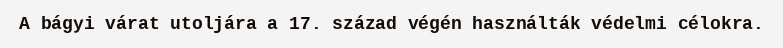
A bágyi várat utoljára a 17. század végén használták védelmi célokra.